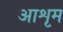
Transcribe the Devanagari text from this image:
आशृम